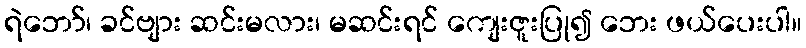
ရဲဘော်၊ ခင်ဗျား ဆင်းမလား၊ မဆင်းရင် ကျေးဇူးပြု၍ ဘေး ဖယ်ပေးပါ။